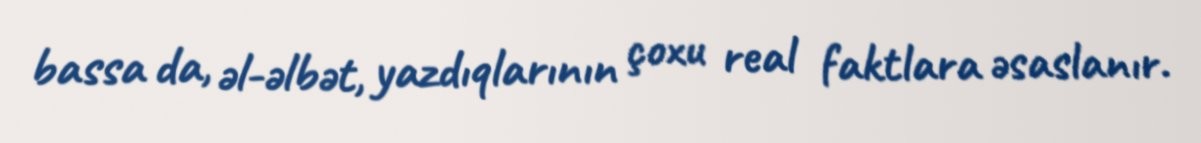
bassa da, əl-əlbət, yazdıqlarının çoxu real faktlara əsaslanır.